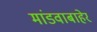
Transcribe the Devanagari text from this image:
मांडवाबाहेर